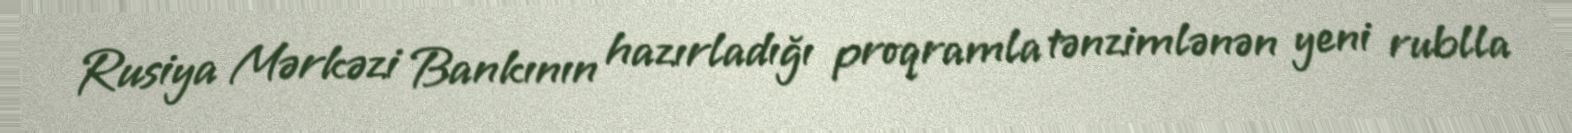
Rusiya Mərkəzi Bankının hazırladığı proqramla tənzimlənən yeni rublla